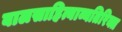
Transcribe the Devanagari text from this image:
बालसाहित्याव्यतिरिक्त